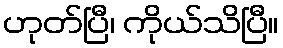
ဟုတ်ပြီ၊ ကိုယ်သိပြီ။